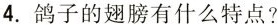
4. 鸽子的翅膀有什么特点?